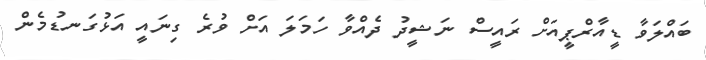
ބައްލަވާ ޑީއާރްޕީއަށް ރައީސް ނަޝީދު ދެއްވާ ހަމަލަ އަށް ވުރެ ގިނައީ އަޅުގަނޑުމެން